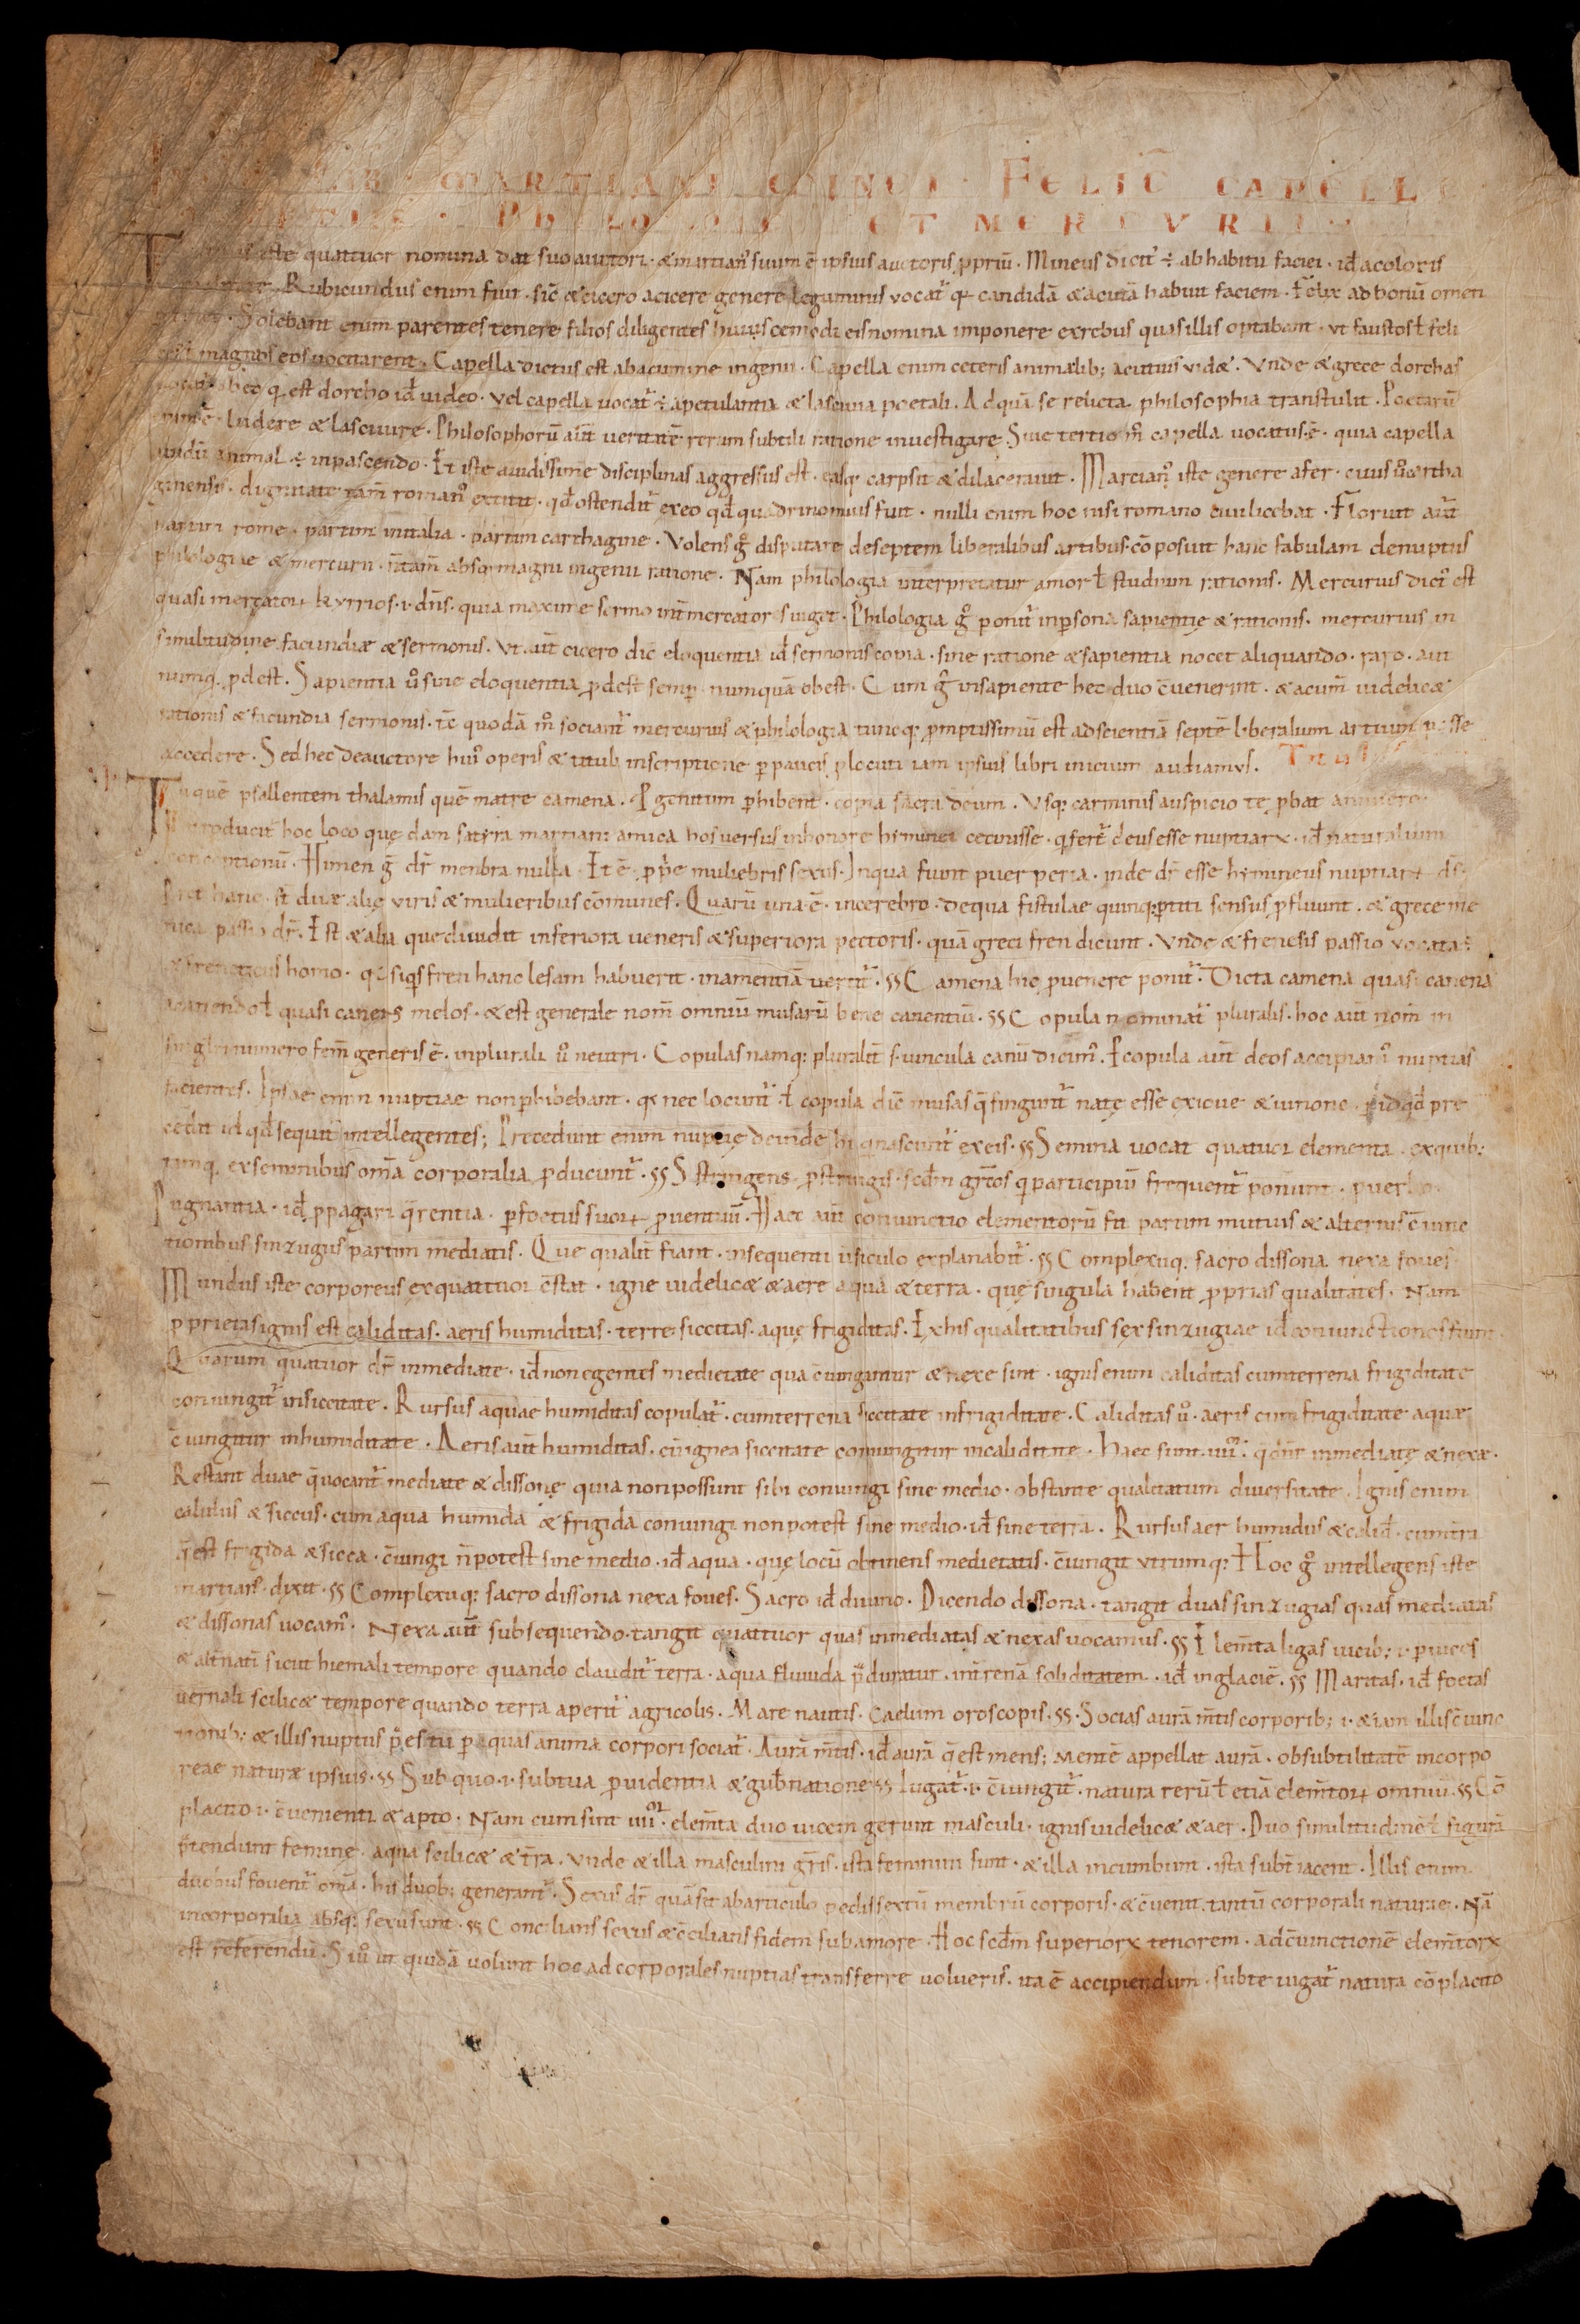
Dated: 1000–1099